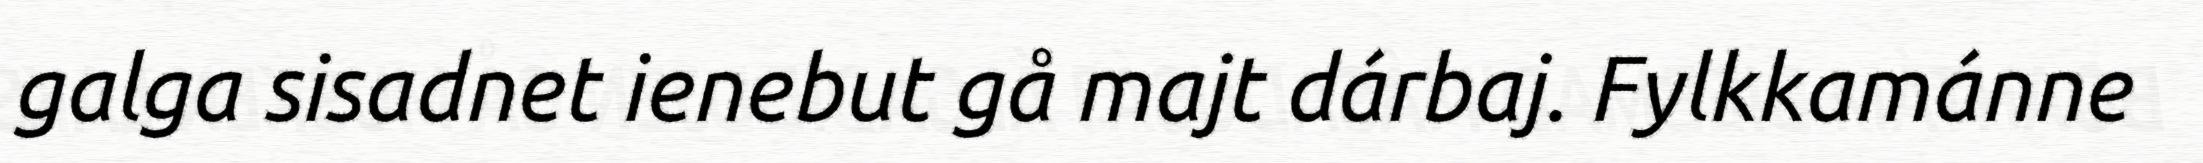
galga sisadnet ienebut gå majt dárbaj. Fylkkamánne